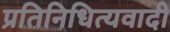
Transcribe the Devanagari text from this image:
प्रतिनिधित्यवादी